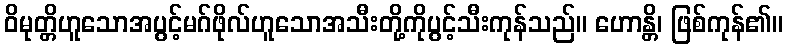
ဝိမုတ္တိဟူသောအပွင့်မဂ်ဖိုလ်ဟူသောအသီးတို့ကိုပွင့်သီးကုန်သည်။ ဟောန္တိ၊ ဖြစ်ကုန်၏။